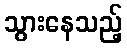
သွားနေသည့်